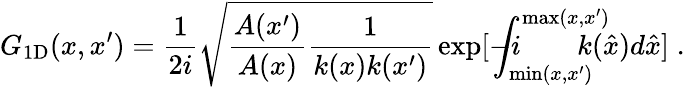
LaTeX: G_{\mathrm{1D}}(x,x^{\prime})=\frac{1}{2i}\sqrt{\frac{A(x^{\prime})}{A(x)}\frac{1}{k(x)k(x^{\prime})}}\exp[-i\! \! \! \! \! \! \! \int_{\operatorname*{min}(x,x^{\prime})}^{\operatorname*{max}(x,x^{\prime})}\! \! \! \! \! \! \! \! {k(\hat{x})d\hat{x}}]\; .